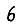
Digit: 6